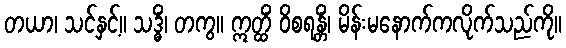
တယာ၊ သင်နှင့်။ သဒ္ဓိံ၊ တကွ။ ဣတ္ထိံ ဝိစရန္တိံ၊ မိန်းမနောက်ကလိုက်သည်ကို။